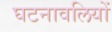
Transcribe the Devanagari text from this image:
घटनावलियों